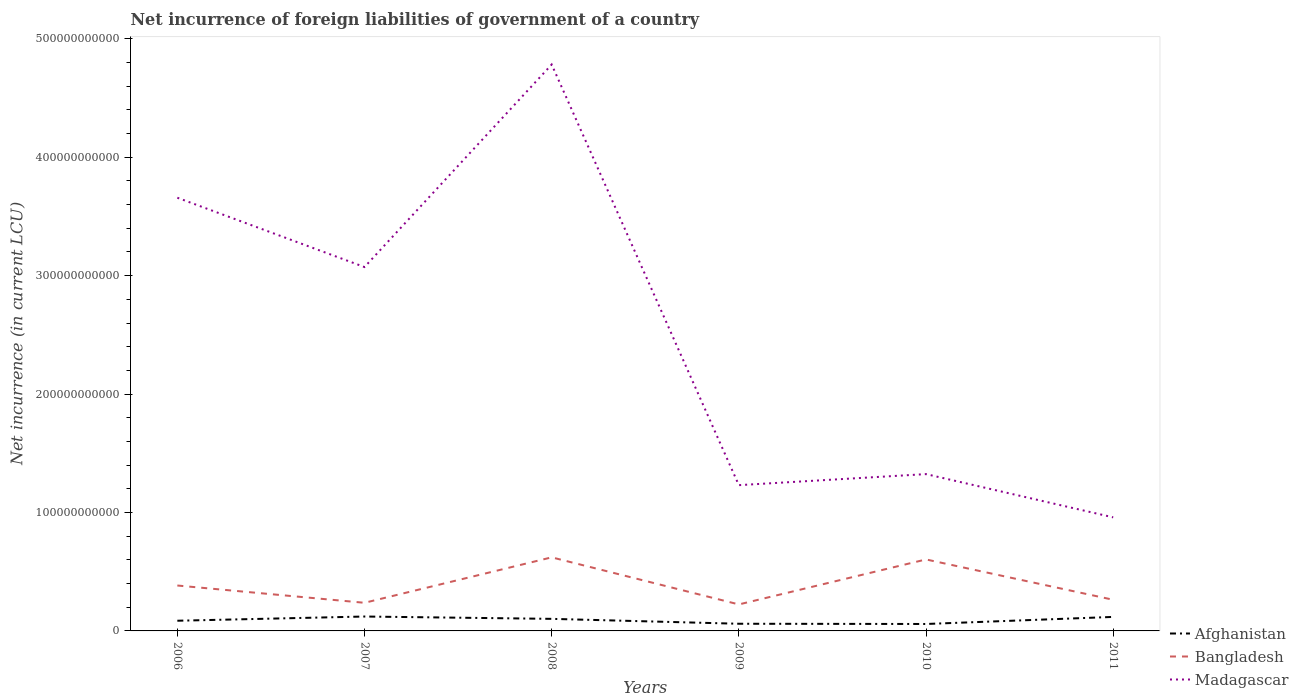
| Years | Afghanistan | Bangladesh | Madagascar |
 | --- | --- | --- | --- |
 | 2006 | 8.6e+09 | 3.83e+10 | 3.66e+11 |
 | 2007 | 1.22e+10 | 2.38e+10 | 3.07e+11 |
 | 2008 | 1.02e+10 | 6.21e+10 | 4.78e+11 |
 | 2009 | 6.05e+09 | 2.24e+10 | 1.23e+11 |
 | 2010 | 5.86e+09 | 6.04e+10 | 1.32e+11 |
 | 2011 | 1.18e+10 | 2.63e+10 | 9.59e+10 |